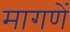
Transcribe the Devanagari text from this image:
मागणें